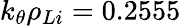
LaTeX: k_{\theta}\rho_{Li}=0.2555